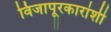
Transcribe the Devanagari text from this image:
विजापूरकारांशी